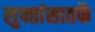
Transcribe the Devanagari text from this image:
लुफ्तांसातर्फे